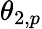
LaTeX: \theta_{2,p}